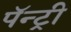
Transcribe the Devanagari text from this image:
पॅन्ट्री